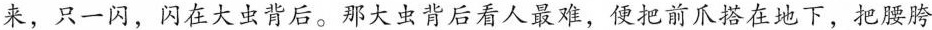
来，只一闪，闪在大虫背后。那大虫背后看人最难，便把前爪搭在地下，把腰胯